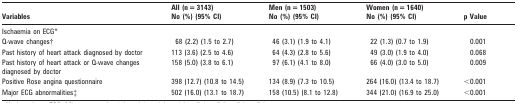
| Variables | All (n = 3143) No (%) (95% CI) | Men (n = 1503) No (%) (95% CI) | Women (n = 1640) No (%) (95% CI) | p Value |
 | --- | --- | --- | --- | --- |
 | Ischaemia on ECG* |  |  |  |  |
 | Q-wave changes† | 68 (2.2) (1.5 to 2.7) | 46 (3.1) (1.9 to 4.1) | 22 (1.3) (0.7 to 1.9) | 0.001 |
 | Past history of heart attack diagnosed by doctor | 113 (3.6) (2.5 to 4.6) | 64 (4.3) (2.8 to 5.6) | 49 (3.0) (1.9 to 4.0) | 0.068 |
 | Past history of heart attack or Q-wave changes diagnosed by doctor | 158 (5.0) (3.8 to 6.1) | 97 (6.1) (4.1 to 8.0) | 66 (4.0) (3.0 to 5.0) | 0.009 |
 | Positive Rose angina questionnaire | 398 (12.7) (10.8 to 14.5) | 134 (8.9) (7.3 to 10.5) | 264 (16.0) (13.4 to 18.7) | <0.001 |
 | Major ECG abnormalities‡ | 502 (16.0) (13.1 to 18.7) | 158 (10.5) (8.1 to 12.8) | 344 (21.0) (16.9 to 25.0) | <0.001 |